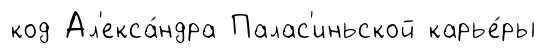
код Ал'екса́ндра Палас'иньской карье́ры